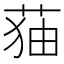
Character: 𦲥